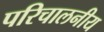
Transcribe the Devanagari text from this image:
परिचालनीय